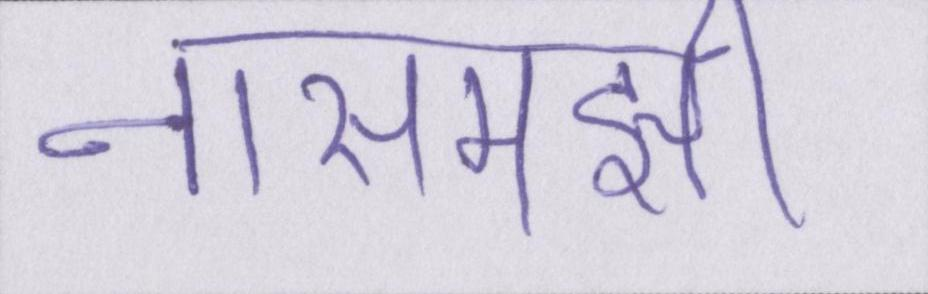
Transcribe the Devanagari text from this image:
नासमझी